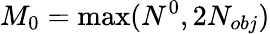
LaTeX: M_{0}=\operatorname*{max}(N^{0},2N_{obj})